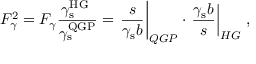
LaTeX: F _ { \gamma } ^ { 2 } = F _ { \gamma } \frac { \gamma _ { \mathrm { s } } ^ { \mathrm { H G \ } } } { \gamma _ { \mathrm { s } } ^ { \mathrm { Q G P } } } = \left. \frac { s } { \gamma _ { \mathrm { s } } b } \right| _ { Q G P } \cdot \left. \frac { \gamma _ { \mathrm { s } } b } { s } \right| _ { H G } \, ,